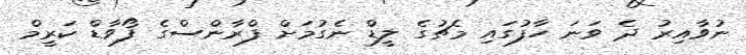
ނުވާއިރު ދެ ވަނަ ހާފުގައި މެޗުގެ ލީޑް ނެގުމަށް ފްރާންސްގެ ފޯވާޑް ކަރީމް